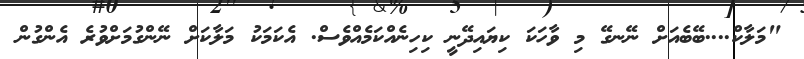
"މަލާކް....ބޭބެއަށް ނޭނގޭ މި ވާހަކަ ކިޔައިދޭނީ ކިހިނެއްކަމެއްވެސް. އެކަމަކު މަލާކަށް ނޭންގުމަށްވުރެ އެންގުން